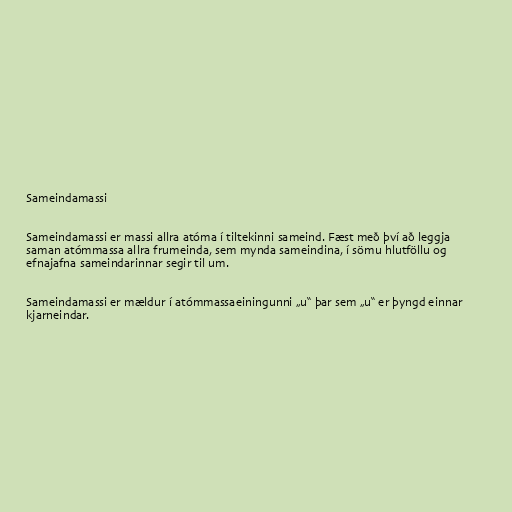
Sameindamassi

Sameindamassi er massi allra atóma í tiltekinni sameind. Fæst með því að leggja
saman atómmassa allra frumeinda, sem mynda sameindina, í sömu hlutföllu og
efnajafna sameindarinnar segir til um.

Sameindamassi er mældur í atómmassaeiningunni „u“ þar sem „u“ er þyngd einnar
kjarneindar.